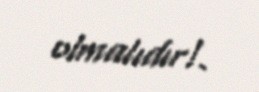
olmalıdır!.